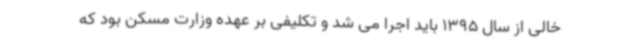
خالی از سال 1395 باید اجرا می شد و تکلیفی بر عهده وزارت مسکن بود که